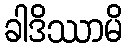
ခါဒိဿာမိ